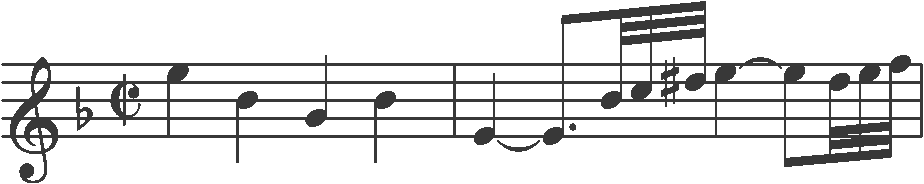
Transcription: clef-G1 keySignature-FM timeSignature-C/ note-G5_quarter note-D5_quarter note-Bb4_quarter note-D5_quarter barline note-G4_quarter tie note-G4_eighth. note-D5_thirty_second note-E5_thirty_second note-F#5_thirty_second note-G5_quarter tie note-G5_eighth note-F5_thirty_second note-G5_thirty_second note-A5_thirty_second barline